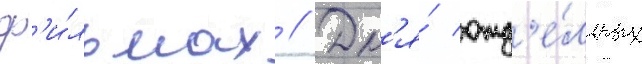
ф'и́льмах // Дл'я́ отд'е́льных